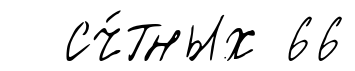
сч́тных 66